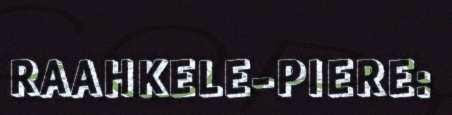
RAAHKELE-PIERE: